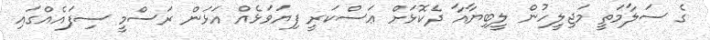
ގެ ސަލާމަތީ މަޖިލީހުން ލީބިޔާއާ ދެކޮޅަށް ޢަސްކަރީ ފިޔަވަޅެއް އަޅަން ރަސްމީ ސިފައެއްގައި